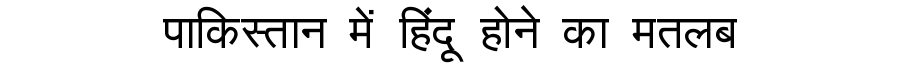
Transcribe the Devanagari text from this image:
पाकिस्तान में हिंदू होने का मतलब